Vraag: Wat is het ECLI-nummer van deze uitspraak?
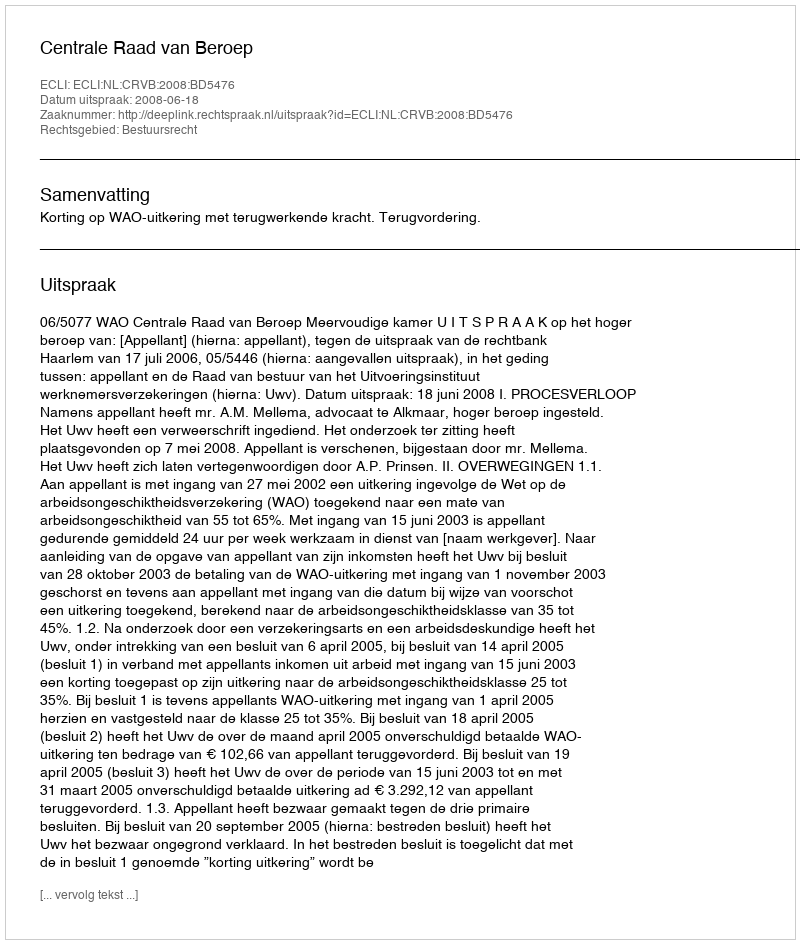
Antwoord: ECLI:NL:CRVB:2008:BD5476